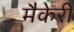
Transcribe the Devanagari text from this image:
मैकेरी